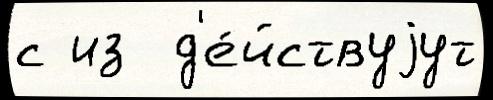
с из  д'е́йствуjут